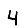
Digit: 4